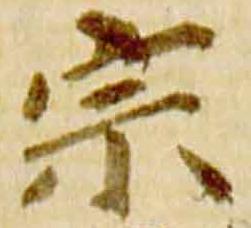
宗